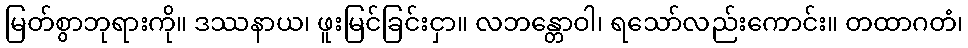
မြတ်စွာဘုရားကို။ ဒဿနာယ၊ ဖူးမြင်ခြင်းငှာ။ လဘန္တောဝါ၊ ရသော်လည်းကောင်း။ တထာဂတံ၊